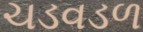
ચડવડળ